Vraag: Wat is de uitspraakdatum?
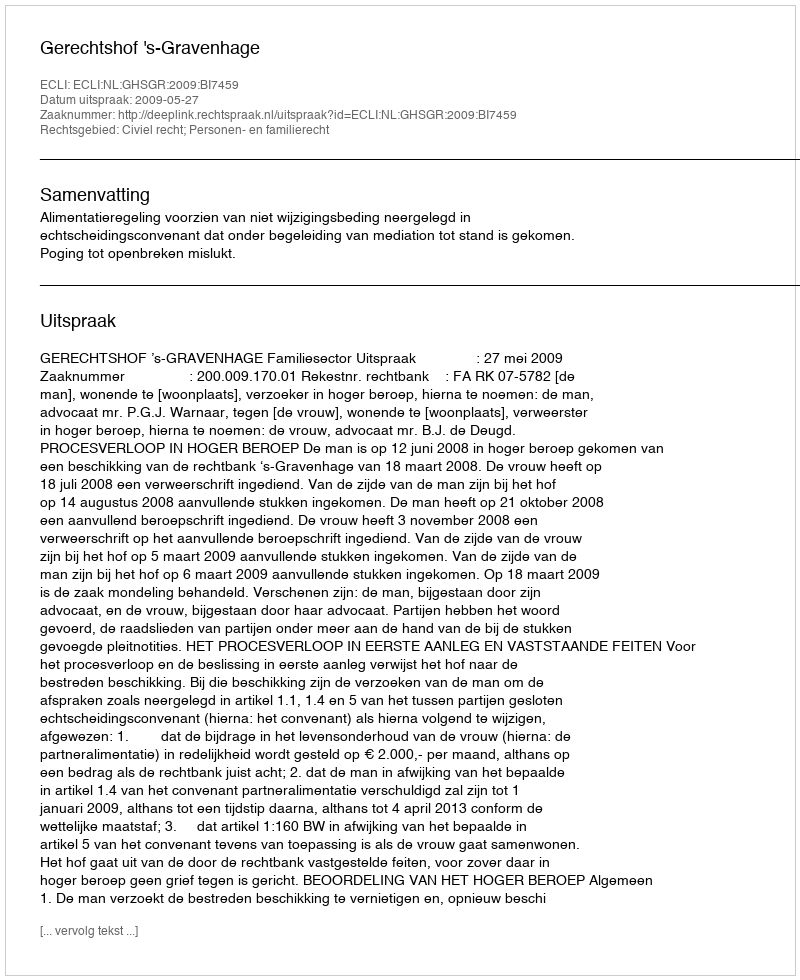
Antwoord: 2009-05-27